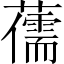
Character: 𮒯